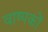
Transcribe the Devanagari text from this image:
वाष्पकों